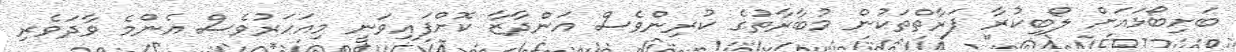
ބަށިބޯޅައަށް ލޯބިކުރާ ފަރާތްތަކުން މުބާރާތުގެ ކުރިންވެސް އަންދާޒާ ކޮށްފައިވަނީ މިއަހަރުވެސް އެންމެ ވާދަވެރި